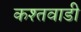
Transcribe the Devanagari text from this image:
कश्तवाडी